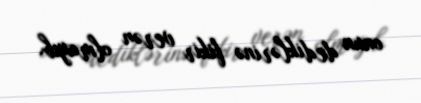
onun dediklərinə fikir verən olmayıb.